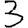
Digit: 3